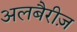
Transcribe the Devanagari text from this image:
अलबैरीज़